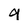
Character: 9